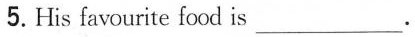
5.His favourite food is ___.